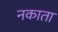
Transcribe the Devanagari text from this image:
नकाता